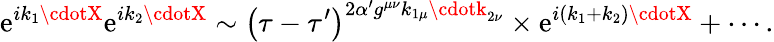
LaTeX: \mathrm{e}^{ik_{1}\cdotX}\mathrm{e}^{ik_{2}\cdotX}\sim\left(\tau-\tau^{\prime}\right)^{2\alpha^{\prime}g^{\mu\nu}k_{1\mu}\cdotk_{2\nu}}\times\mathrm{e}^{i\left(k_{1}+k_{2}\right)\cdotX}+\cdots.